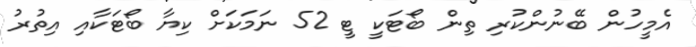
އެމީހުން ބޭނުންކުރި ތިން ބޯޓަކީ ޓީ 52 ނަމަކަށް ކިޔާ ބޯޓަކާއި އިތުރު